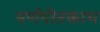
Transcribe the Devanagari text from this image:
पर्णपीतकाभ